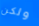
ولكن